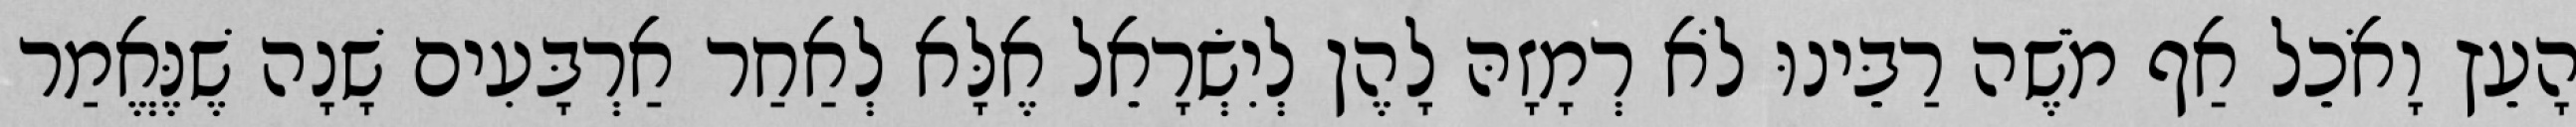
הָעֵץ וָאֹכֵל אַף מֹשֶׁה רַבֵּינוּ לֹא רְמָזָהּ לָהֶן לְיִשְׂרָאֵל אֶלָּא לְאַחַר אַרְבָּעִים שָׁנָה שֶׁנֶּאֱמַר